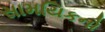
સામયિકનો